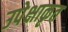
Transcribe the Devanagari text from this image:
उपेक्षाकृत